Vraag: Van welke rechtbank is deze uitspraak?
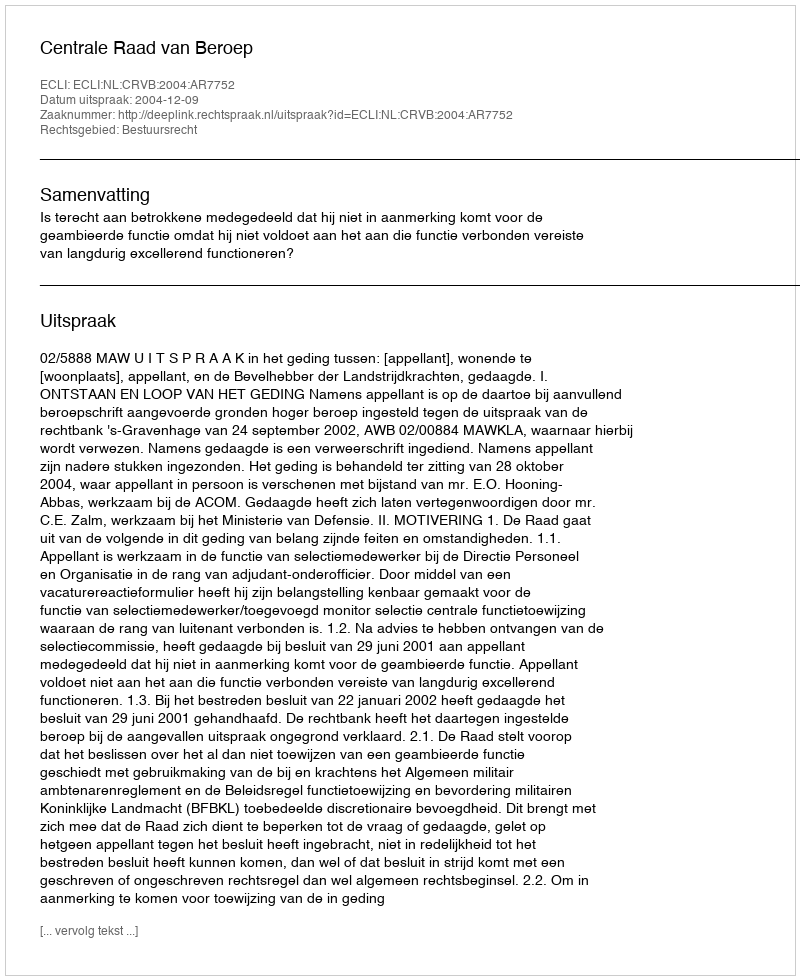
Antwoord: Centrale Raad van Beroep